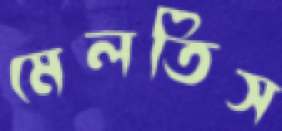
মেলতিস